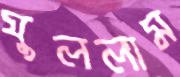
ঘুললাম